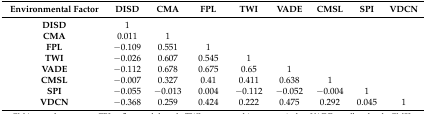
<table><thead><tr><td><b>Environmental Factor</b></td><td><b>DISD</b></td><td><b>CMA</b></td><td><b>FPL</b></td><td><b>TWI</b></td><td><b>VADE</b></td><td><b>CMSL</b></td><td><b>SPI</b></td><td><b>VDCN</b></td></tr></thead><tbody><tr><td><b>DISD</b></td><td>1</td><td></td><td></td><td></td><td></td><td></td><td></td><td></td></tr><tr><td><b>CMA</b></td><td>0.011</td><td>1</td><td></td><td></td><td></td><td></td><td></td><td></td></tr><tr><td><b>FPL</b></td><td>−0.109</td><td>0.551</td><td>1</td><td></td><td></td><td></td><td></td><td></td></tr><tr><td><b>TWI</b></td><td>−0.026</td><td>0.607</td><td>0.545</td><td>1</td><td></td><td></td><td></td><td></td></tr><tr><td><b>VADE</b></td><td>−0.112</td><td>0.678</td><td>0.675</td><td>0.65</td><td>1</td><td></td><td></td><td></td></tr><tr><td><b>CMSL</b></td><td>−0.007</td><td>0.327</td><td>0.41</td><td>0.411</td><td>0.638</td><td>1</td><td></td><td></td></tr><tr><td><b>SPI</b></td><td>−0.055</td><td>−0.013</td><td>0.004</td><td>−0.112</td><td>−0.052</td><td>−0.004</td><td>1</td><td></td></tr><tr><td><b>VDCN</b></td><td>−0.368</td><td>0.259</td><td>0.424</td><td>0.222</td><td>0.475</td><td>0.292</td><td>0.045</td><td>1</td></tr></tbody></table>